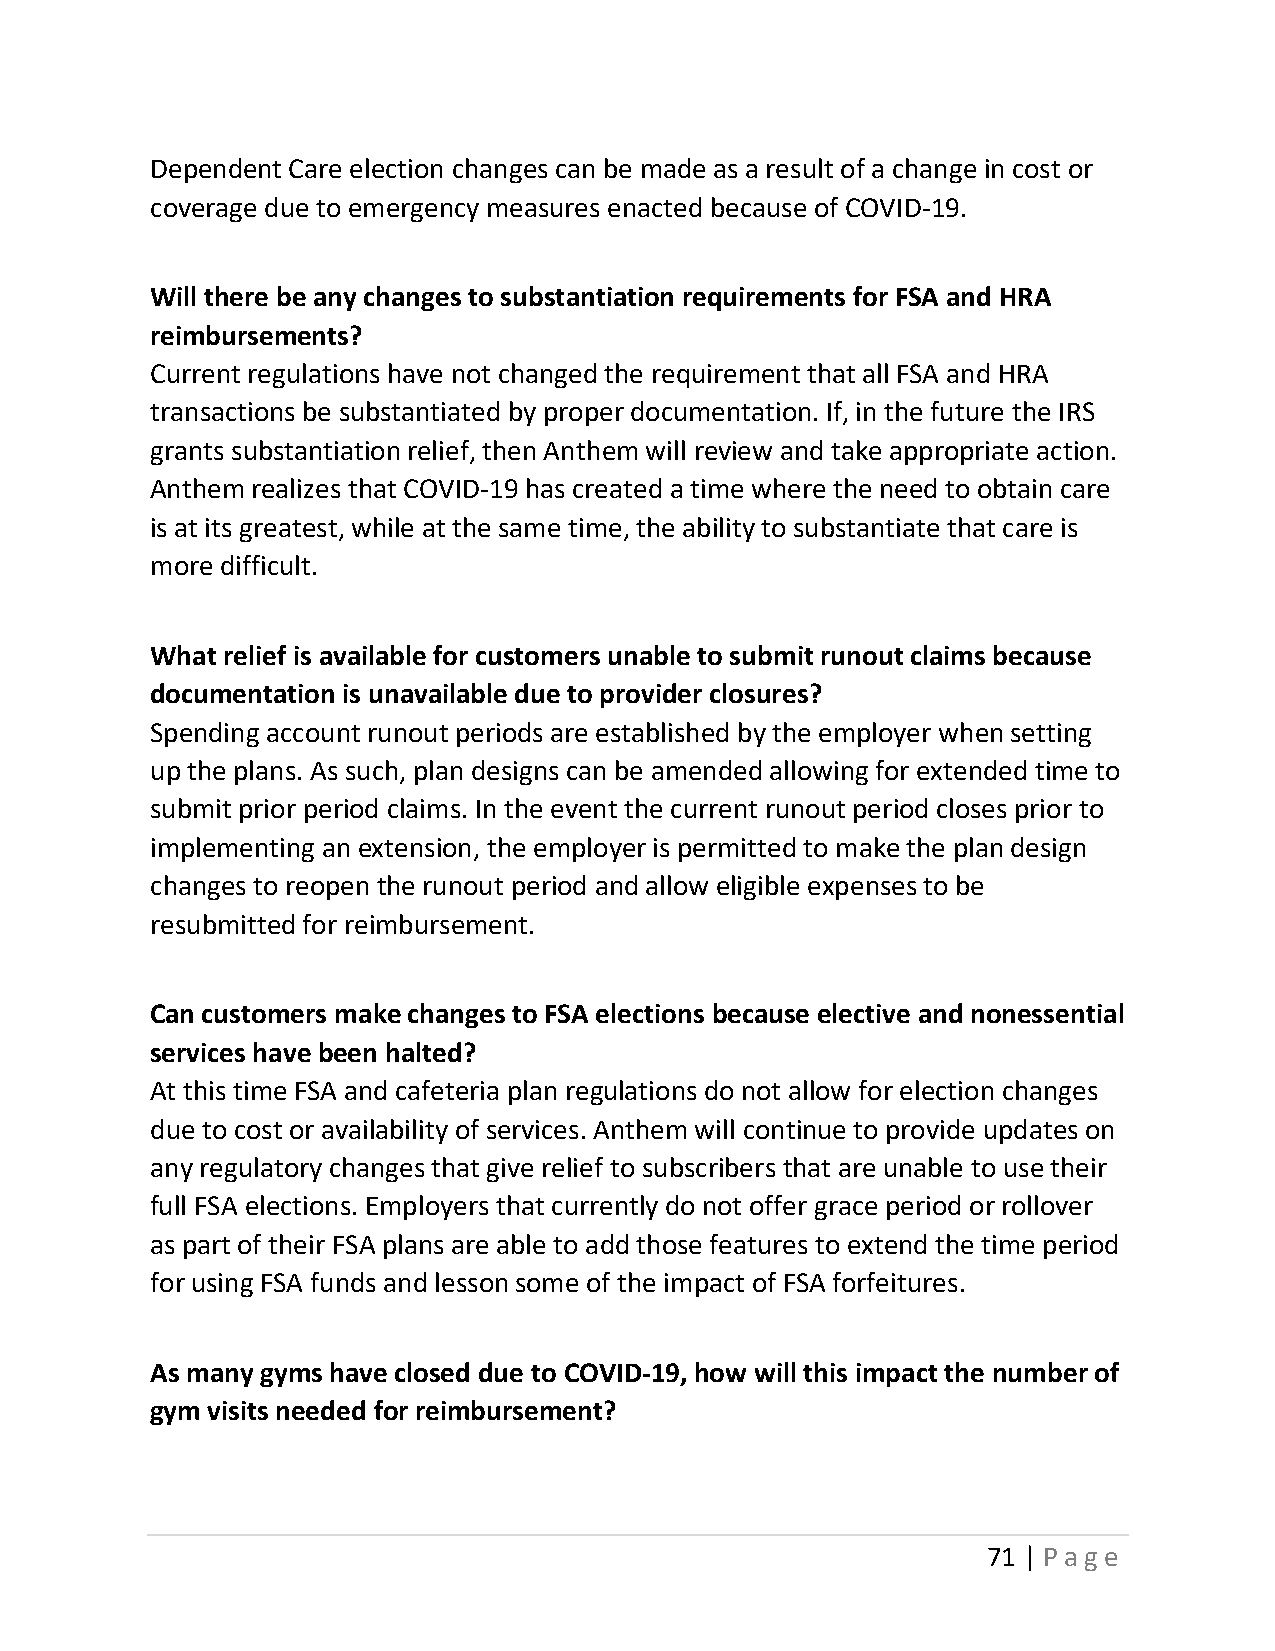
Dependent Care election changes can be made as a result of a change in cost or
 coverage due to emergency measures enacted because of COVID-19.
 Will there be any changes to substantiation requirements for FSA and HRA
 reimbursements?
 Current regulations have not changed the requirement that all FSA and HRA
 transactions be substantiated by proper documentation. If, in the future the IRS
 grants substantiation relief, then Anthem will review and take appropriate action.
 Anthem realizes that COVID-19 has created a time where the need to obtain care
 is at its greatest, while at the same time, the ability to substantiate that care is
 more difficult.
 What relief is available for customers unable to submit runout claims because
 documentation is unavailable due to provider closures?
 Spending account runout periods are established by the employer when setting
 up the plans. As such, plan designs can be amended allowing for extended time to
 submit prior period claims. In the event the current runout period closes prior to
 implementing an extension, the employer is permitted to make the plan design
 changes to reopen the runout period and allow eligible expenses to be
 resubmitted for reimbursement.
 Can customers make changes to FSA elections because elective and nonessential
 services have been halted?
 At this time FSA and cafeteria plan regulations do not allow for election changes
 due to cost or availability of services. Anthem will continue to provide updates on
 any regulatory changes that give relief to subscribers that are unable to use their
 full FSA elections. Employers that currently do not offer grace period or rollover
 as part of their FSA plans are able to add those features to extend the time period
 for using FSA funds and lesson some of the impact of FSA forfeitures.
 As many gyms have closed due to COVID-19, how will this impact the number of
 gym visits needed for reimbursement?
 71 | Page